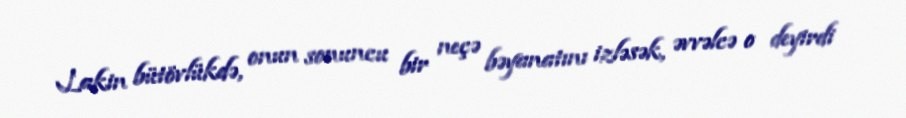
Lakin bütövlükdə, onun sonuncu bir neçə bəyanatını izləsək, əvvəlcə o deyirdi